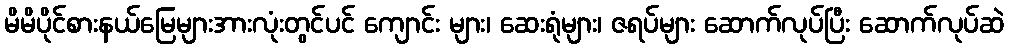
မိမိပိုင်စားနယ်မြေများအားလုံးတွင်ပင် ကျောင်း များ၊ ဆေးရုံများ၊ ဇရပ်များ ဆောက်လုပ်ပြီး ဆောက်လုပ်ဆဲ